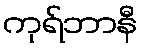
ကုရ်ဘာနီ